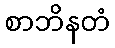
စာဘိနတံ